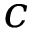
c